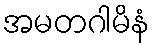
အမတဂါမိနံ